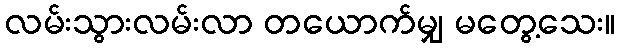
လမ်းသွားလမ်းလာ တယောက်မျှ မတွေ့သေး။